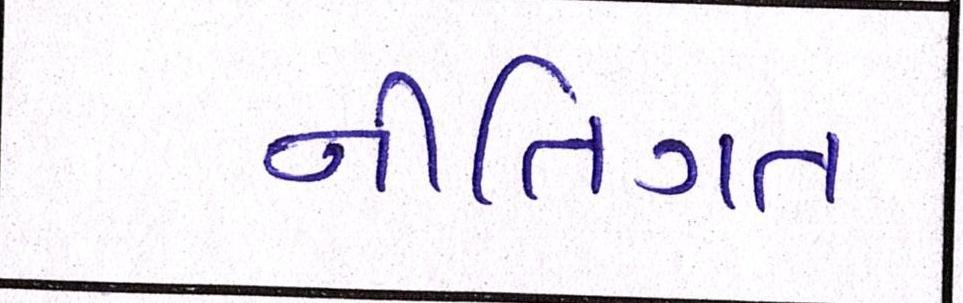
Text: નીતિગત